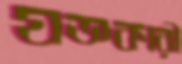
যজ্ঞকারী